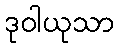
ဒုဝါယုသာ